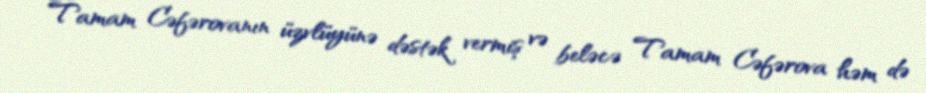
Tamam Cəfərovanın üzvlüyünə dəstək vermiş və beləcə Tamam Cəfərova həm də